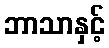
ဘာသာနှင့်